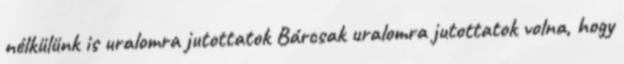
nélkülünk is uralomra jutottatok Bárcsak uralomra jutottatok volna, hogy